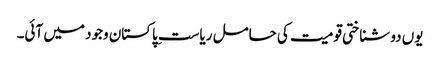
یوں دو شناختی قومیت کی حامل ریاستِ پاکستان وجود میں آئی۔